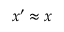
x ^ { \prime } \approx x